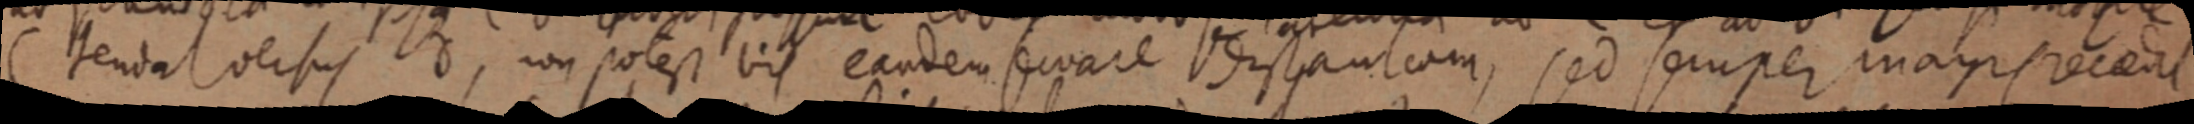
C tenda versus d, non potest vis eandem sevare distanteam, sed semper magis vecedit